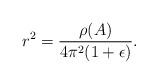
LaTeX: \begin{align*}r^2 = \frac{\rho(A)}{4\pi^2(1+\epsilon)}.\end{align*}